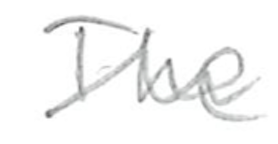
Text: The
Cross-out: wave
Writing tool: pencil